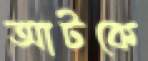
আটকে